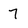
Character: 7